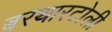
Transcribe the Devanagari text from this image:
बरथारटोली